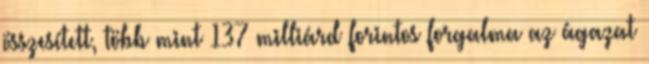
összesített, több mint 137 milliárd forintos forgalma az ágazat